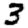
Digit: 3